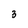
Character: 3